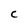
Character: c